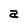
Character: a